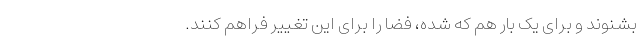
بشنوند و برای یک بار هم که شده، فضا را برای این تغییر فراهم کنند.